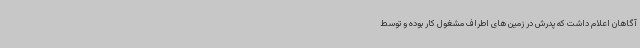
آگاهان اعلام داشت که پدرش در زمین های اطراف مشغول کار بوده و توسط